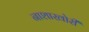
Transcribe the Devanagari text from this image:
नाशाखोरी